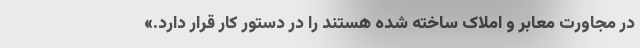
در مجاورت معابر و املاک ساخته شده هستند را در دستور کار قرار دارد.»